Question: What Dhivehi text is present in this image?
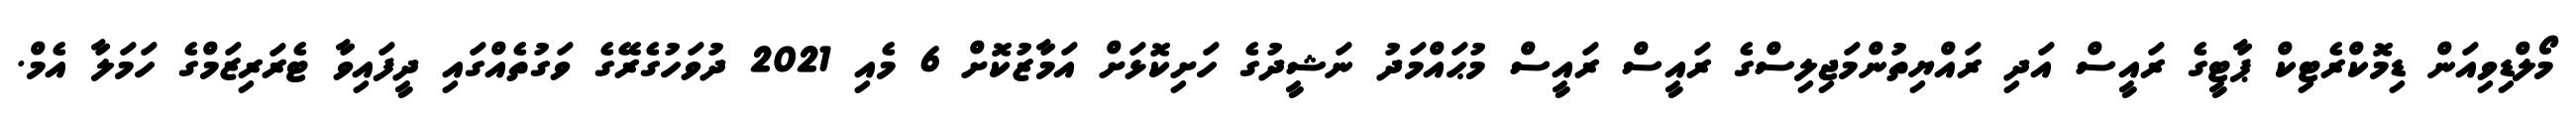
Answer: މޯލްޑިވިއަން ޑިމޮކްރެޓިކް ޕާޓީގެ ރައީސް އަދި ރައްޔިތުންމަޖިލިސްގެ ރައީސް ރައީސް މުޙައްމަދު ނަޝީދުގެ ހަށިކޮޅަށް އަމާޒުކޮށް 6 މެއި 2021 ދުވަހުގެރޭގެ ވަގުތެއްގައި ދީފައިވާ ޓެރަރިޒަމްގެ ހަމަލާ އެމް.